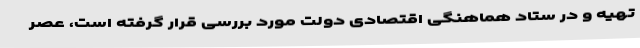
تهیه و در ستاد هماهنگی اقتصادی دولت مورد بررسی قرار گرفته است، عصر